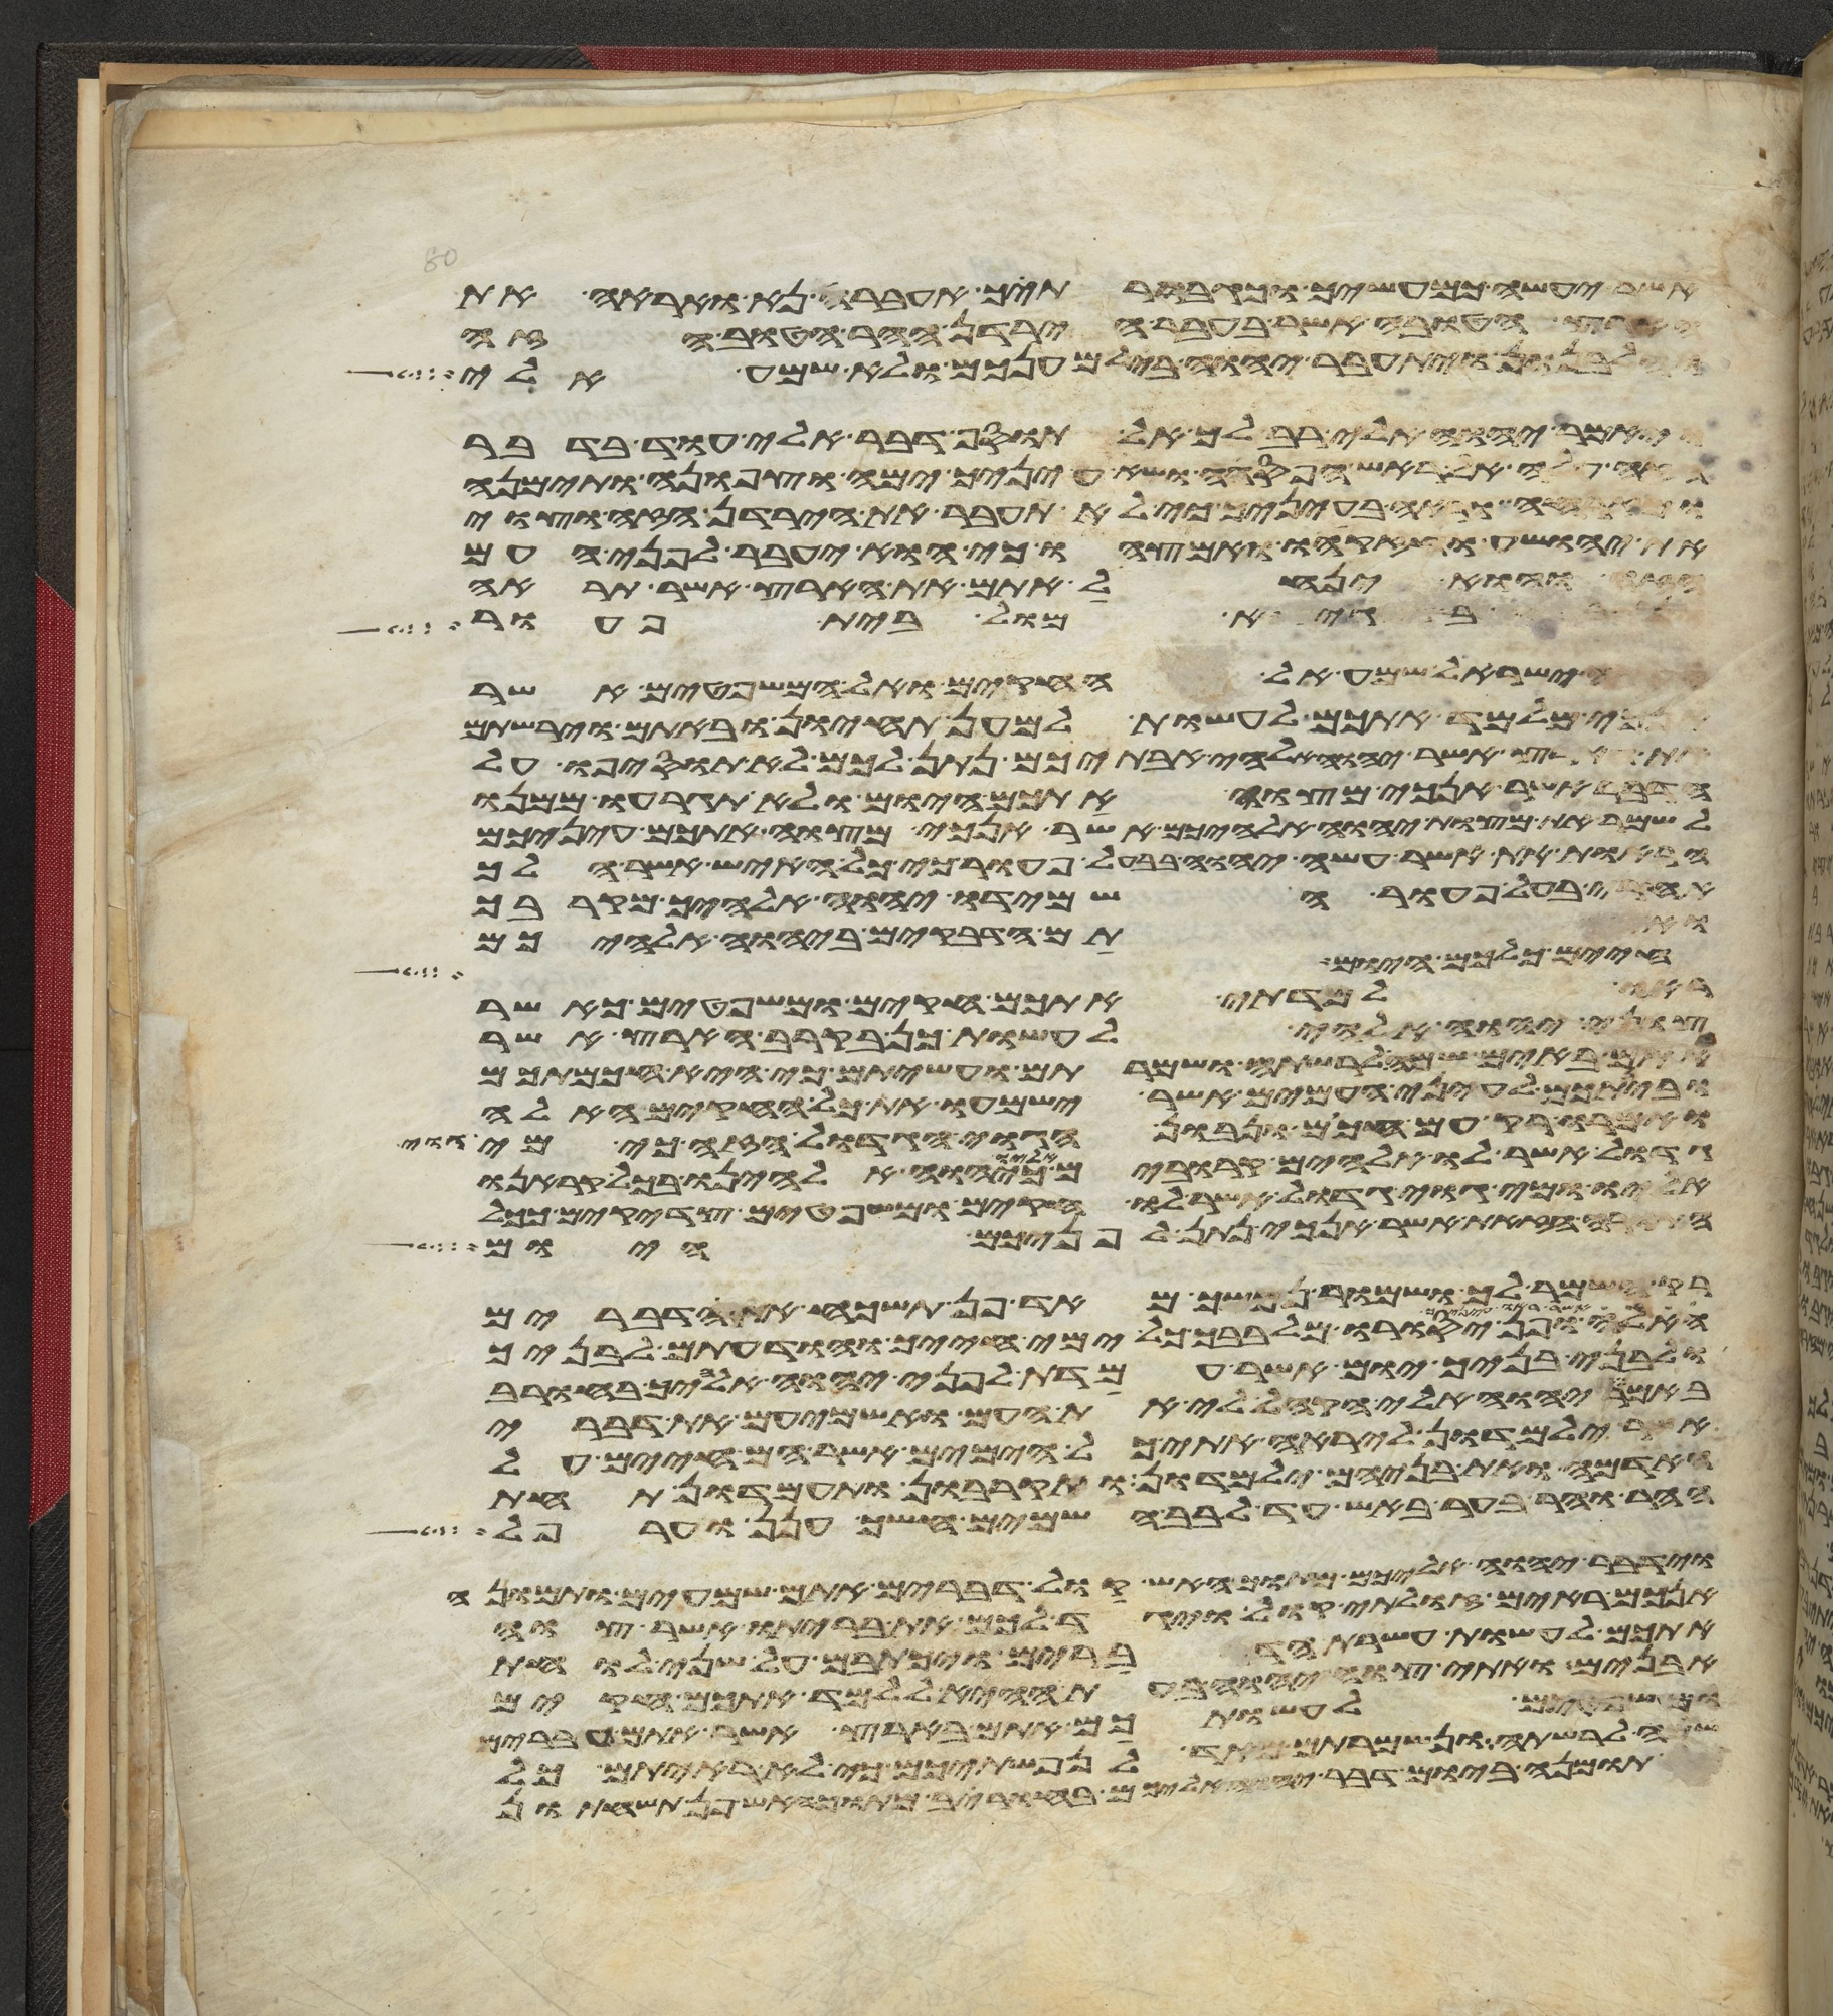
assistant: אשר יעשה כמעשיך וכגבורתיך אעברה נא ואראה את
הארץ הטובה אשר בעבר הירדן ההר הטוב הזה
והלבנון ויתעבר יהוה בי למענכם ולא שמע אלי
ויאמר יהוה אלי רב לך אל תוסף דבר אלי עוד בדבר
הזה עלה אל ראש הפסגה ושא עיניך ימה וצפונה ותימנה
ומזרחה וראה בעיניך כי לא תעבר את הירדן הזה וצוי
את יהושע וחזקהו ואמצהו כי הוא יעבר לפני העם
הזה והוא ינחל אתם את הארץ אשר תראה
בגיא מול בית פעור
ישראל שמע אל החקים ואל המשפטים אשר
אנכי מלמד אתכם לעשות למען תחיון ובאתם וירשתם
הארץ אשר יהוה אלהי אבתיכם נתן לכם לא תוסיפו על
הדבר אשר אנכי מצוה אתכם היום ולא תגרעו ממנו
לשמר את מצות יהוה אלהיכם אשר אנכי מצוה אתכם עיניכם
הראות את אשר עשה יהוה בבעל פעור כי כל האיש אשר הלך
אחרי בעל פעור השמידו יהוה אלהיך מקרבך
חיים כלכם היום
ואתם הדביקים ביהוה אלהיכם
ראו למדתי אתכם חקים ומשפטים כאשר
צוני יהוה אלהי לעשות כן בקרב הארץ אשר
אתם באים שמה לרשתה ושמרתם ועשיתם כי היא חכמתכם
ובינתכם לעיני העמים אשר ישמעו את כל החקים האלה
ואמרו רק עם חכום ונבון הגוי הגדול הזה כי מי גוי
גדול אשר לו אלהים קרובים אליו כיהוה אלהינו בכל קראנו
אליו ומי גוי גדול אשר לו חקים ומשפטים צדקים ככל
התורה הזאת אשר אנכי נתן לפניכם היום
רק השמר לך ושמור נפשך מאד פן תשכח את הדברים
ופן יסורו מלבבך כל ימי חייך והודעתם לבניך
ולבני בניך יום אשר עמדת לפני יהוה אלהיך בחורב
באמר יהוה אלי הקהל לי את העם ואשמיעם את דברי
אשר ילמדון ליראה אתי כל הימים אשר הם חיים על
האדמה ואת בניהם ילמדון ותקרבון ותעמדון תחת
ההר וההר בער באש עד לבב השמים חשך ענן וערפל
וידבר יהוה אליכם מתוך האש קול דברים אתם שמעים ותמונה
אינכם ראים זולתי קול ויגד לכם את בריתו אשר צוה
אתכם לעשות עשרת הדברים ויכתבם על שני לוחת
אבנים ואתי צוה יהוה בעת ההיא ללמד אתכם חקים
ומשפטים לעשותכם אתם בארץ אשר אתם עברים
שמה לרשתה ונשמרתם מאד לנפשתיכם כי לא ראיתם כל
תמונה ביום דבר יהוה אליכם בחורב מתוך האש פן תשחתון